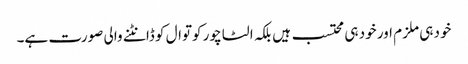
خود ہی ملزم اور خود ہی محتسب ہیں بلکہ الٹا چور کوتوال کو ڈانٹنے والی صورت ہے۔